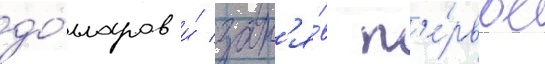
до́лларов и́ зан'я́в п'е́рвое